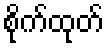
စိုက်ထုတ်